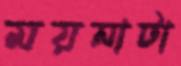
ময়নাটা